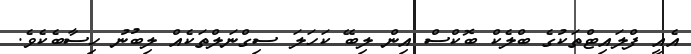
އެއީ ފްލައިޓްތަކުގެ ބްލެކް ބޮކްސް އިން ލިބޭ ކަހަލަ ސިގްނަލްތަކެއް ލިބުނު ހިސާބެކެވެ.